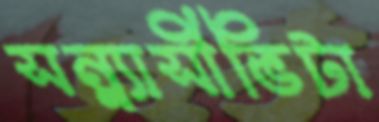
সন্ন্যাসীভিটা